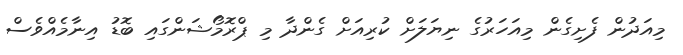
މިއަދުން ފެށިގެން މިއަހަރުގެ ނިޔަލަށް ކުރިއަށް ގެންދާ މި ޕްރޮމޯޝަންގައި ބޮޑު އިނާމެއްވެސް